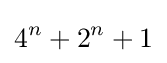
4^{n}+2^{n}+1